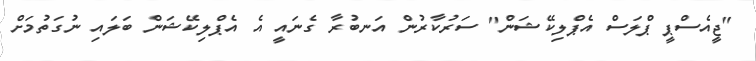
"ޖީއެސްޕީ ޕްލަސް އެޕްލިކޭޝަން" ސަރުކާރުން އަނބުރާ ގެނައީ އެ އެޕްލިކޭޝަން ބަލައި ނުގަތުމަށް